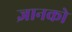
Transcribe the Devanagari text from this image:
ज्ञानको